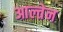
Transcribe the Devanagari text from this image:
आल्तेन